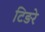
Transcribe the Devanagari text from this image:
टिङरे